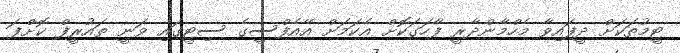
ޓީމުތަކަށް ދީފައިވާ މެހްމާންދާރީ ފާހަގަކޮށް އެކަމަށް އޭއެފްސީގެ ސިޓީގައި ވަނީ ތައުރީފް ކޮށްފަ